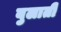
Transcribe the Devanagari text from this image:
बुलातीं